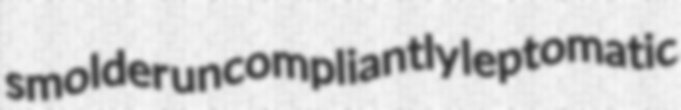
smolder uncompliantly leptomatic